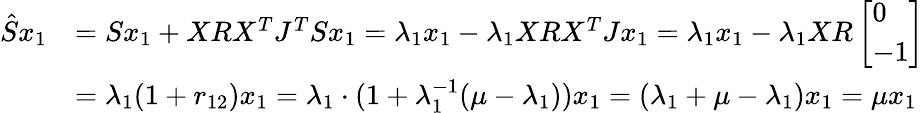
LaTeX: \begin{array}{rl}{\hat{S}x_{1}}&{=Sx_{1}+XRX^{T}J^{T}Sx_{1}=\lambda_{1}x_{1}-\lambda_{1}XRX^{T}Jx_{1}=\lambda_{1}x_{1}-\lambda_{1}XR\left[\begin{array}{l}{0}\\ {-1}\end{array}\right]}\\ &{=\lambda_{1}(1+r_{12})x_{1}=\lambda_{1}\cdot(1+\lambda_{1}^{-1}(\mu-\lambda_{1}))x_{1}=(\lambda_{1}+\mu-\lambda_{1})x_{1}=\mu x_{1}}\end{array}